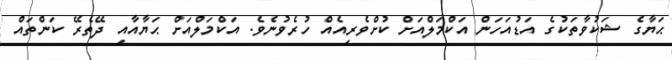
ޙަޔާގެ ޝަކުވާތަކުގެ އަޑުއަހަން އަކްމަލްއަށް ކުށްވެރިއެއް ހުރެވުނެވެ. އަކްމަލްއަށް ޙަޔާއާއި ދޭތެރޭ ކަންތައް